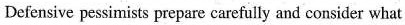
Defensive pessimists prepare carefully and consider what